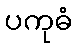
ပကုဓံ